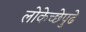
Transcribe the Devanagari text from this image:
लोकेच्छेपुढे